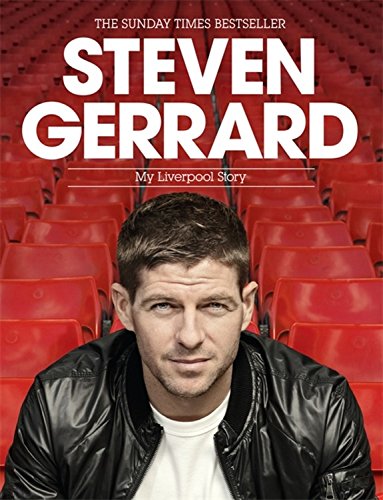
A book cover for Steven Gerrard: My Liverpool Story; Steven Gerrard; Biographies & Memoirs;